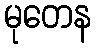
မုတေန